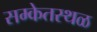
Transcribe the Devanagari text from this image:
सम्केतस्थळ